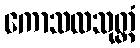
ကောသလသုတ္တံ